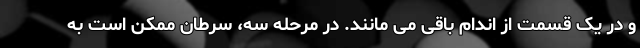
و در یک قسمت از اندام باقی می مانند. در مرحله سه، سرطان ممکن است به